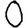
Digit: 0